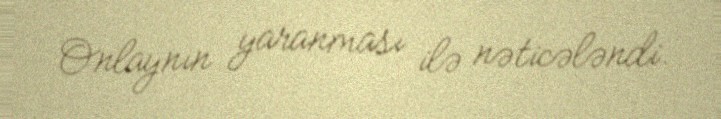
Onlaynın yaranması ilə nəticələndi.